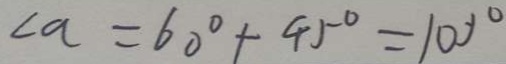
\angle a = 6 0 ^ { \circ } + 4 5 ^ { \circ } = 1 0 0 ^ { \circ }